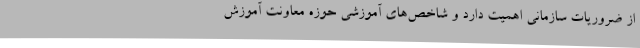
از ضروریات سازمانی اهمیت دارد و شاخص‌های آموزشی حوزه معاونت آموزش